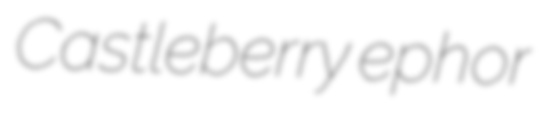
Castleberry ephor